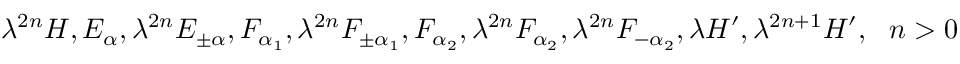
\lambda ^ { 2 n } H , E _ { \alpha } , \lambda ^ { 2 n } E _ { \pm \alpha } , F _ { \alpha _ { 1 } } , \lambda ^ { 2 n } F _ { \pm \alpha _ { 1 } } , F _ { \alpha _ { 2 } } , \lambda ^ { 2 n } F _ { \alpha _ { 2 } } , \lambda ^ { 2 n } F _ { - \alpha _ { 2 } } , \lambda H ^ { \prime } , \lambda ^ { 2 n + 1 } H ^ { \prime } , ~ ~ n > 0